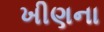
ખીણના